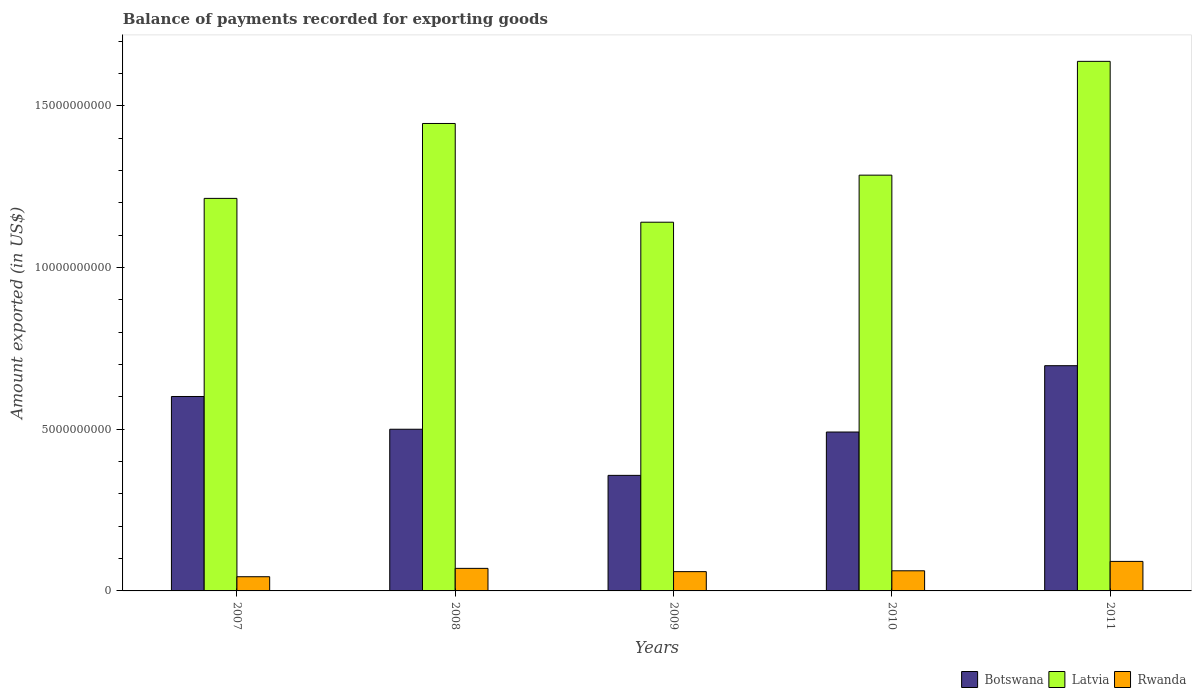
| Years | Botswana | Latvia | Rwanda |
 | --- | --- | --- | --- |
 | 2007 | 6.01e+09 | 1.21e+10 | 4.39e+08 |
 | 2008 | 5e+09 | 1.45e+10 | 6.97e+08 |
 | 2009 | 3.57e+09 | 1.14e+10 | 5.96e+08 |
 | 2010 | 4.91e+09 | 1.29e+10 | 6.23e+08 |
 | 2011 | 6.96e+09 | 1.64e+10 | 9.13e+08 |